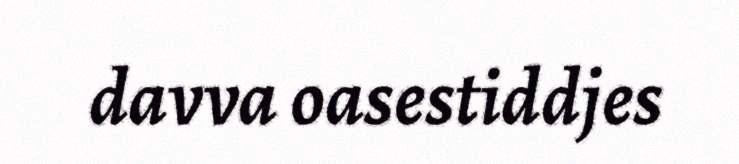
davva oasestiddjes